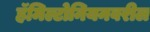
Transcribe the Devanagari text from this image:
हॅमिल्टोनियनवरील